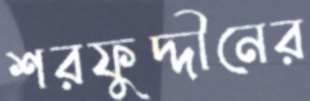
শরফুদ্দীনের